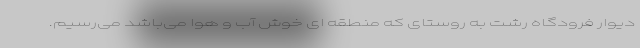
دیوار فرودگاه رشت به روستای که منطقه ای خوش آب و هوا می‌باشد می‌رسیم.